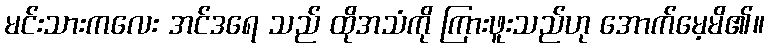
မင်းသားကလေး အင်ဒရေ သည် ထိုအသံကို ကြားဖူးသည်ဟု အောက်မေ့မိ၏။